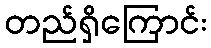
တည်ရှိကြောင်း